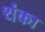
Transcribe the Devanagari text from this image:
थंका